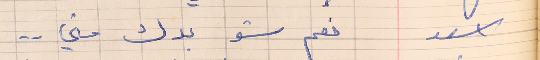
اسعد      نعم شو بدك مني . .